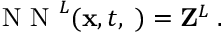
\begin{array} { r } { \mathrm { ~ N ~ N ~ } ^ { L } ( { \bf x } , t , { \bf \phi } ) = { \bf Z } ^ { L } \; . } \end{array}